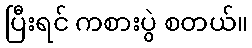
ပြီးရင် ကစားပွဲ စတယ်။